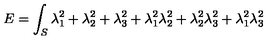
E = \int _ { S } \lambda _ { 1 } ^ { 2 } + \lambda _ { 2 } ^ { 2 } + \lambda _ { 3 } ^ { 2 } + \lambda _ { 1 } ^ { 2 } \lambda _ { 2 } ^ { 2 } + \lambda _ { 2 } ^ { 2 } \lambda _ { 3 } ^ { 2 } + \lambda _ { 1 } ^ { 2 } \lambda _ { 3 } ^ { 2 }